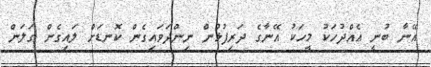
އޭނާ ބުނީ އެއްދުހަކު މީހަކު އޭނާގެ ދަރިފުޅުން ނިންދަވައިގެން ކޮނޑަށް ލައިގެން ގަލަން